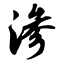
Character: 渗